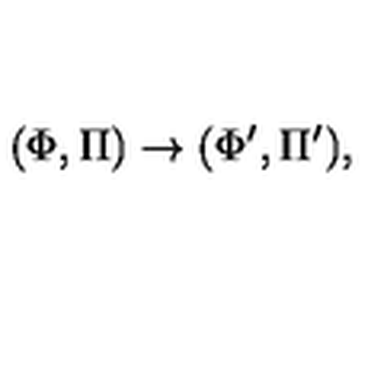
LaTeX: ( \Phi , \Pi ) \rightarrow ( \Phi ^ { \prime } , \Pi ^ { \prime } ) ,